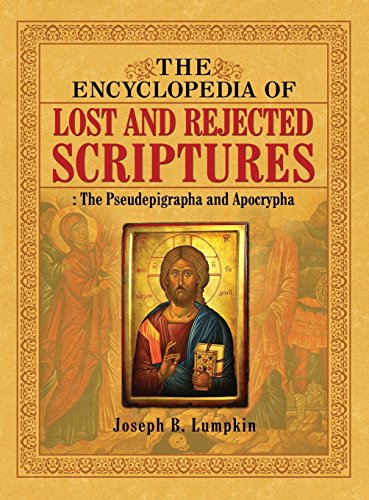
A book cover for The Encyclopedia of Lost and Rejected Scriptures: The Pseudepigrapha and Apocrypha; Joseph B. Lumpkin; Reference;